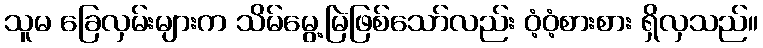
သူမ ခြေလှမ်းများက သိမ်မွေ့မြဲဖြစ်သော်လည်း ဝံ့ဝံ့စားစား ရှိလှသည်။